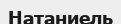
Натаниель